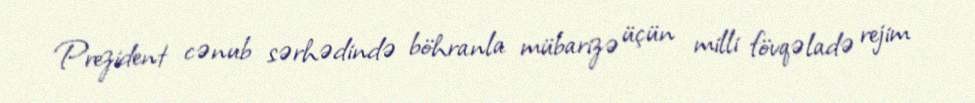
Prezident cənub sərhədində böhranla mübarizə üçün milli fövqəladə rejim